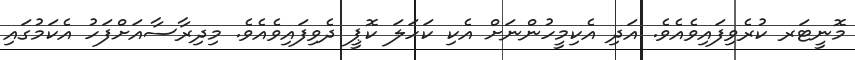
މޮނީޓަރ ކުރެވިފައިވެއެވެ. އަދި އެކިމީހުންނަށް އެކި ކަހަލަ ކޮޕީ ދެވިފައިވެއެވެ. މިދިރާސާއަށްފަހު އެކަމުގައި